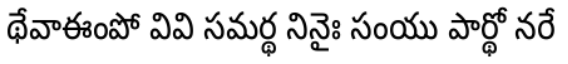
థేవాఈంపో వివి సమర్థ నినైః సంయు పార్థో నరే